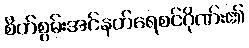
စိတ်စွမ်းအင်နတ်ရေစင်ဂိုဏ်း၏